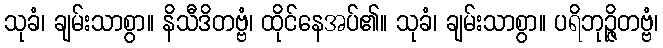
သုခံ၊ ချမ်းသာစွာ။ နိသီဒိတဗ္ဗံ၊ ထိုင်နေအပ်၏။ သုခံ၊ ချမ်းသာစွာ။ ပရိဘုဉ္ဇိတဗ္ဗံ၊